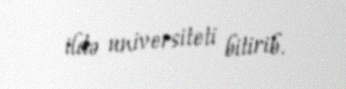
ildə universiteti bitirib.